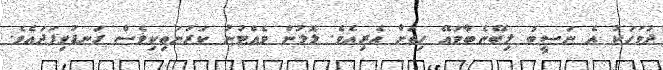
ދުވަހަކު އެ ނަސީބު ލިބޭނެބާވައޭ ހިތަށް އެރިއެވެ. ލޮލުން ވެއްޓުނު ކަރުނަތިކިވެސް ގަނޑުވިފަދައެވެ.